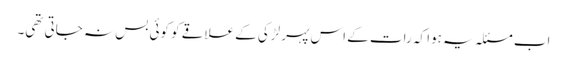
اب مسئلہ یہ ہوا کہ رات کے اس پہر لڑکی کے علاقے کو کوئی بس نہ جاتی تھی۔